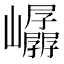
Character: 𫶤